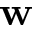
\bf { w }